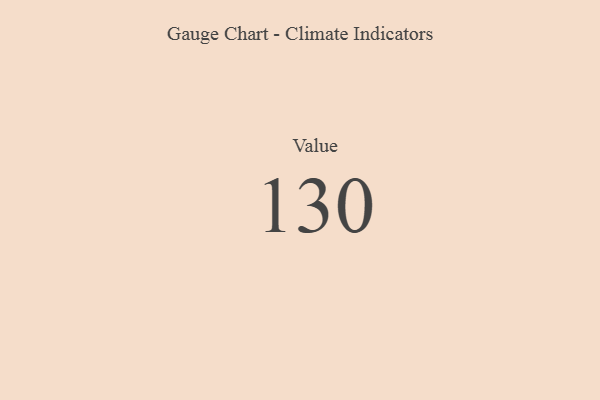
{"axis": {"x": "Metric", "y": "Value"}, "legend": [""], "data": [{"x": "Value", "y": 130, "type": ""}]}